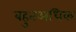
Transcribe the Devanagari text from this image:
बहुतअधिक